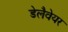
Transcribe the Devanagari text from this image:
डेलैवेयर